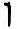
1